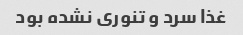
غذا سرد و تنوری نشده بود